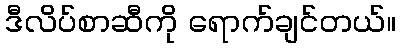
ဒီလိပ်စာဆီကို ရောက်ချင်တယ်။